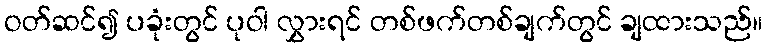
ဝတ်ဆင်၍ ပခုံးတွင် ပုဝါ လွှားရင် တစ်ဖက်တစ်ချက်တွင် ချထားသည်။